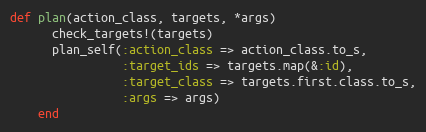
Language: Ruby
def plan(action_class, targets, *args)
      check_targets!(targets)
      plan_self(:action_class => action_class.to_s,
                :target_ids => targets.map(&:id),
                :target_class => targets.first.class.to_s,
                :args => args)
    end